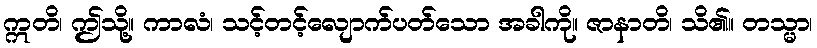
ဣတိ၊ ဤသို့။ ကာလံ၊ သင့်တင့်လျောက်ပတ်သော အခါကို။ ဇာနာတိ၊ သိ၏။ တသ္မာ၊